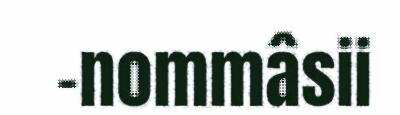
-nommâsii